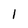
Character: 1